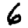
Digit: 6